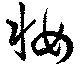
妝